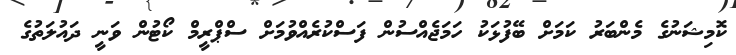
ކޮމިޝަނުގެ މެންބަރު ކަމަށް ބޭފުޅަކު ހަމަޖެއްސުން ފަސްކުރެއްވުމަށް ސްޕްރީމް ކޯޓުން ވަނީ ދައުލަތުގެ